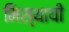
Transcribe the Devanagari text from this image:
मिस्थायी